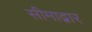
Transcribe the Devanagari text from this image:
सीमाद्वार